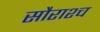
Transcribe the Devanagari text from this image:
सौराश्च